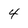
Character: 4